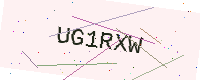
Text: UG1RXW